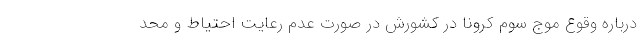
درباره وقوع موج سوم کرونا در کشورش در صورت عدم رعایت احتیاط و محد